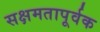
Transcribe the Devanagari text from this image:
सक्षमतापूर्वक